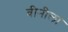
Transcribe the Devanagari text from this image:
वीनीला